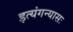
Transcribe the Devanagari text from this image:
इत्यंगन्यासः